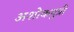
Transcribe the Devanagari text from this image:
अशोकपुत्री